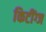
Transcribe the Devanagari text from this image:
किटींग्ज